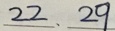
2 2 . 2 9